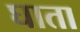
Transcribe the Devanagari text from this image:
घाता